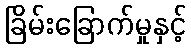
ခြိမ်းခြောက်မှုနှင့်